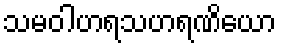
သမဝါဟရသဟရဏိယော